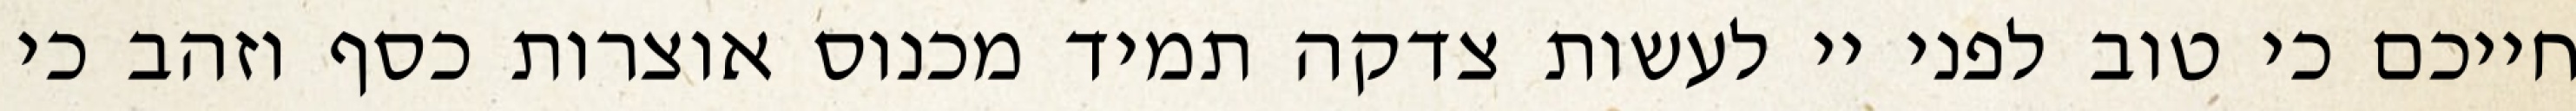
חייכם כי טוב לפני יי לעשות צדקה תמיד מכנוס אוצרות כסף וזהב כי